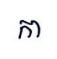
កា